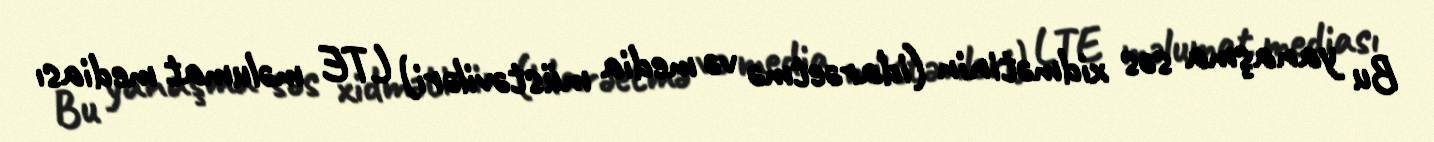
Bu yanaşma səs xidmətinin (idarəetmə və media müstəviləri) LTE məlumat mediası